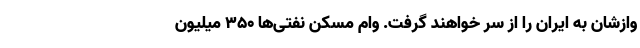
وازشان به ایران را از سر خواهند گرفت. وام مسکن نفتی‌ها ۳۵۰ میلیون